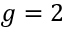
g = 2